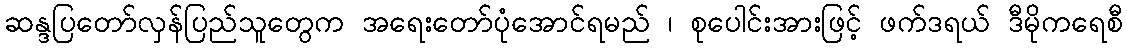
ဆန္ဒပြတော်လှန်ပြည်သူတွေက အရေးတော်ပုံအောင်ရမည် ၊ စုပေါင်းအားဖြင့် ဖက်ဒရယ် ဒီမိုကရေစီ